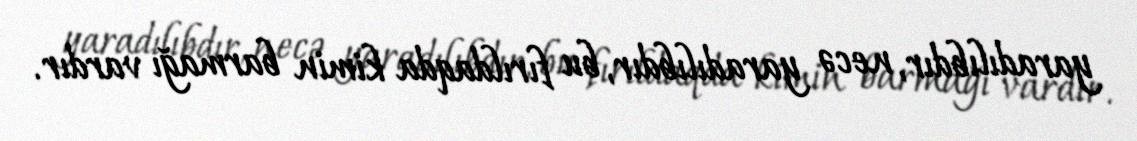
yaradılıbdır, necə yaradılıbdır, bu fırıldaqda kimin barmağı vardır.